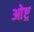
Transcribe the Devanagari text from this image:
ओष्ट्र